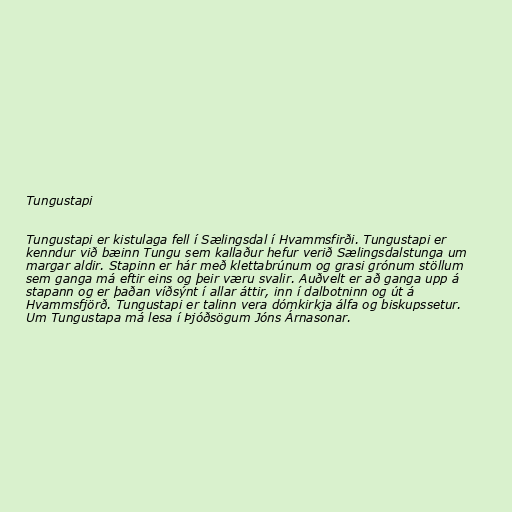
Tungustapi

Tungustapi er kistulaga fell í Sælingsdal í Hvammsfirði. Tungustapi er
kenndur við bæinn Tungu sem kallaður hefur verið Sælingsdalstunga um
margar aldir. Stapinn er hár með klettabrúnum og grasi grónum stöllum
sem ganga má eftir eins og þeir væru svalir. Auðvelt er að ganga upp á
stapann og er þaðan víðsýnt í allar áttir, inn í dalbotninn og út á
Hvammsfjörð. Tungustapi er talinn vera dómkirkja álfa og biskupssetur.
Um Tungustapa má lesa í Þjóðsögum Jóns Árnasonar.